Vaccination in Bombay 1856-1862 - 1856-1862
Year: 1856
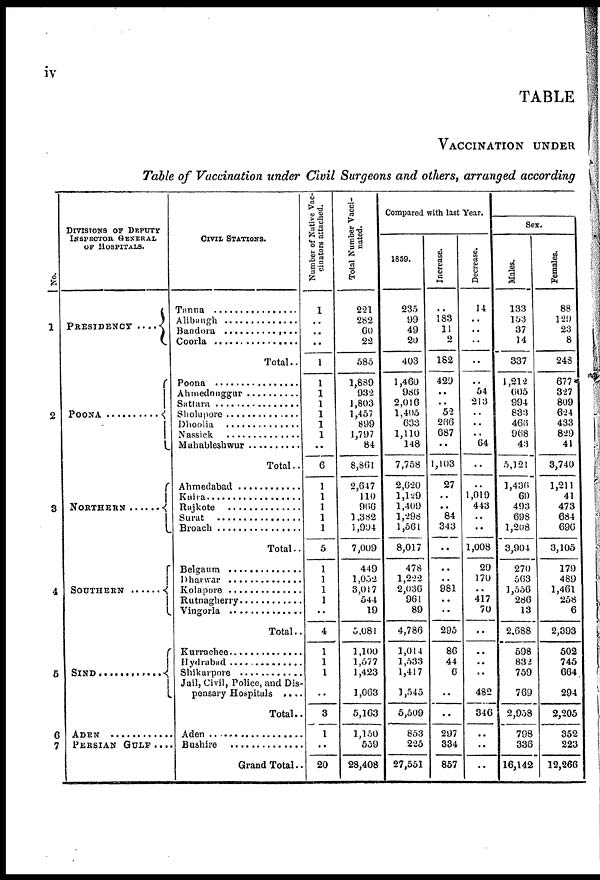
iv
TABLE
VACCINATION UNDER
Table of Vaccination under Civil Surgeons and others, arranged according
No.
1
2
3
4
5
6
7
DIVISIONS OF DEPUTY
INSPECTOR GENERAL
OF HOSPITALS.
PRESIDENCY ....
POONA ..........
NORTHERN ......
SOUTHERN ......
SIND ............
ADEN ............
PERSIAN GULF....
CIVIL STATIONS.
Tanna................
Alibangh
..............
Bandora ..............
Coorla..............
Total..
Poona ................
Ahmednuggur ..........
Sattara................
Sholapore ...............
Dhoolia ...............
Nassick ...............
Mahableshwar..........
Total..
Ahmedabad ............
Kaira..................
Rajkote ..............
Surat ................
Broach ................
Total..
Belhaum ..............
Dharwar ..............
Kolapore ..............
Rutnagherry ............
Vingorla ................
Total..
Kurrachee ..............
Hydrabad ................
Shikarpore ..............
Jail, Civil, Police, and Dis-
pensary Hospitals ....
Total..
Aden ..................
Bushire ..............
Grand Total..
Number of Native Vac-
cinators attached.
1
..
..
..
1
1
1
1
1
1
1
..
6
1
1
1
1
1
5
1
1
1
1
..
4
1
1
1
..
3
1
..
20
Total Number Vacci-
nated.
221
282
60
22
585
1,839
932
1,803
1,457
899
1,797
84
8,861
2,647
110
966
1,382
1,904
7,009
449
1,052
3,017
544
19
5,081
1,100
1,577
1,423
1,063
5,163
1,150
559
28,408
Compared with last Year.
1859.
235
99
49
20
403
1,460
986
2,016
1,405
633
1,110
148
7,758
2,620
1,129
1,409
1,298
1,561
8,017
478
1,222
2,036
964
89
4,786
1,014
1,533
1,417
1,545
5,509
853
225
27,551
Increase.
..
183
11
2
182
429
..
..
52
266
687
..
1,103
27
..
..
84
343
..
..
..
981
..
..
295
86
44
6
..
..
297
334
857
Decrease.
14
..
..
..
..
..
54
213
..
..
..
64
..
..
1,019
443
..
..
1,008
29
170
..
417
70
..
..
..
..
482
346
..
..
..
Sex.
Males.
133
153
37
14
337
1,212
605
994
833
466
968
43
5,121
1,436
69
493
698
1,208
3,904
270
563
1,556
286
13
2,688
598
832
759
769
2,958
798
336
16,142
Females.
88
129
23
8
248
677
327
809
624
433
829
41
3,740
1,211
41
473
684
696
3,105
179
489
1,461
258
6
2,393
502
745
664
294
2,205
352
223
12,266